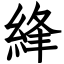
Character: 綘